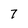
Character: 7